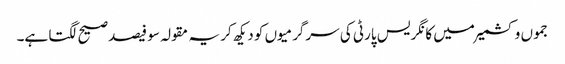
جموں و کشمیر میں کانگریس پارٹی کی سرگرمیوں کو دیکھ کر یہ مقولہ سو فیصد صیح لگتا ہے۔